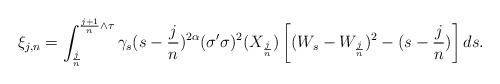
LaTeX: \begin{align*}\xi_{j,n} = \int_{\frac jn} ^{\frac {j+1}n \wedge \tau} \gamma_s (s-\frac jn)^{2\alpha} (\sigma'\sigma)^2(X_{\frac jn}) \left[(W_s- W_{\frac jn})^2- (s-\frac jn) \right] ds. \end{align*}